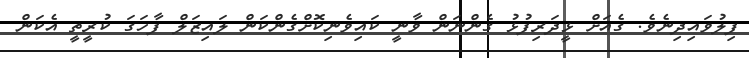
ފިލުވައިދިނެވެ. ގެއަށް ޅީދަރިފުޅު ގެންނަން ވާނީ ކައިވެނިކޮށްގެންކަން ލައިޒަލް ފާހަގަ ކުރީތީ އެކަން